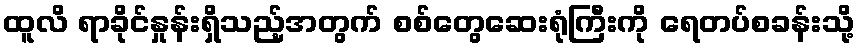
ထူလိ ရာခိုင်နှုန်းရှိသည့်အတွက် စစ်တွေဆေးရုံကြီးကို ရေတပ်စခန်းသို့